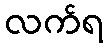
လက်ရ